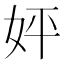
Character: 㛁